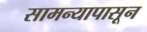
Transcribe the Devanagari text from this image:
सामन्यापासून